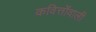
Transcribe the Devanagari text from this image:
कवित्तोंवाली